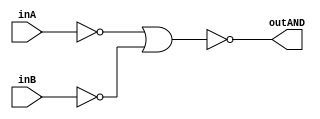
/* CSED273 lab1 experiment 2_i */
/* lab1_2_i.v */


/* Implement AND with {OR, NOT}
 * You are only allowed to wire modules together */
module lab1_2_i(outAND, inA, inB);
	output wire outAND;
	input wire inA, inB;

	////////////////////////
	wire notA, notB, orNotANotB;
	not(notA, inA);
	not(notB, inB);
	or(orNotANotB, notA, notB);
	not(outAND, orNotANotB);
	////////////////////////

endmodule